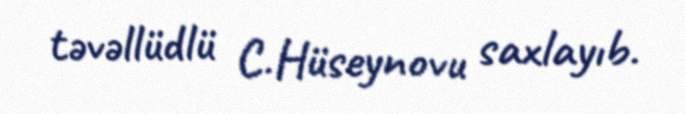
təvəllüdlü C.Hüseynovu saxlayıb.